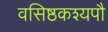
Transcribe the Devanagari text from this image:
वसिष्ठकश्यपौ